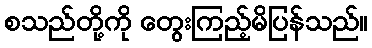
စသည်တို့ကို တွေးကြည့်မိပြန်သည်။